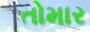
તોમાર